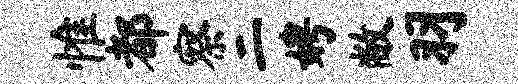
惟都察二娉敝羽